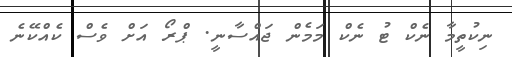
ނިކުތީމާ ނެކް ޓު ނެކް މަމެން ޖައްސާނީ. ޕްރޯ އަށް ވެސް ކެއްކޭނެ